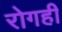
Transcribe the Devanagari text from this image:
रोगही